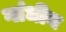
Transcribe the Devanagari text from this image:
गांधीय